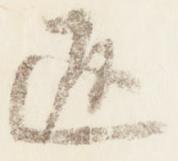
返